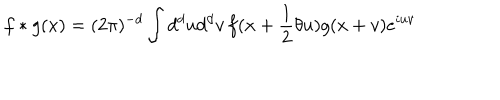
LaTeX: f \ast g ( x ) = ( 2 \pi ) ^ { - d } \int d ^ { d } u d ^ { d } v \, f ( x + \frac { 1 } { 2 } \theta u ) g ( x + v ) e ^ { i u v }